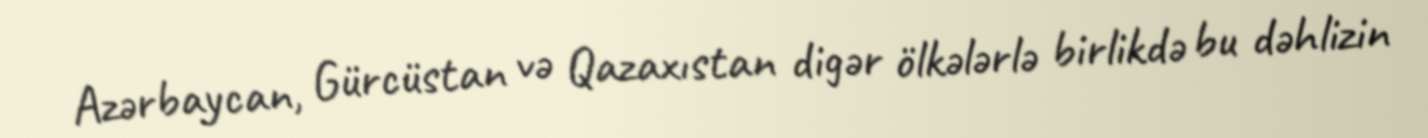
Azərbaycan, Gürcüstan və Qazaxıstan digər ölkələrlə birlikdə bu dəhlizin